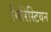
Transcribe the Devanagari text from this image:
मिरिस्टियन